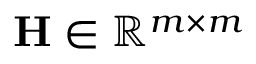
\mathbf { H } \in \mathbb { R } ^ { m \times m }